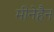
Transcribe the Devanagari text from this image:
मीनेहैन